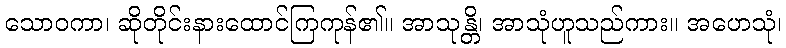
သောဝကာ၊ ဆိုတိုင်းနားထောင်ကြကုန်၏။ အာသုန္တိ၊ အာသုံဟူသည်ကား။ အဟေသုံ၊